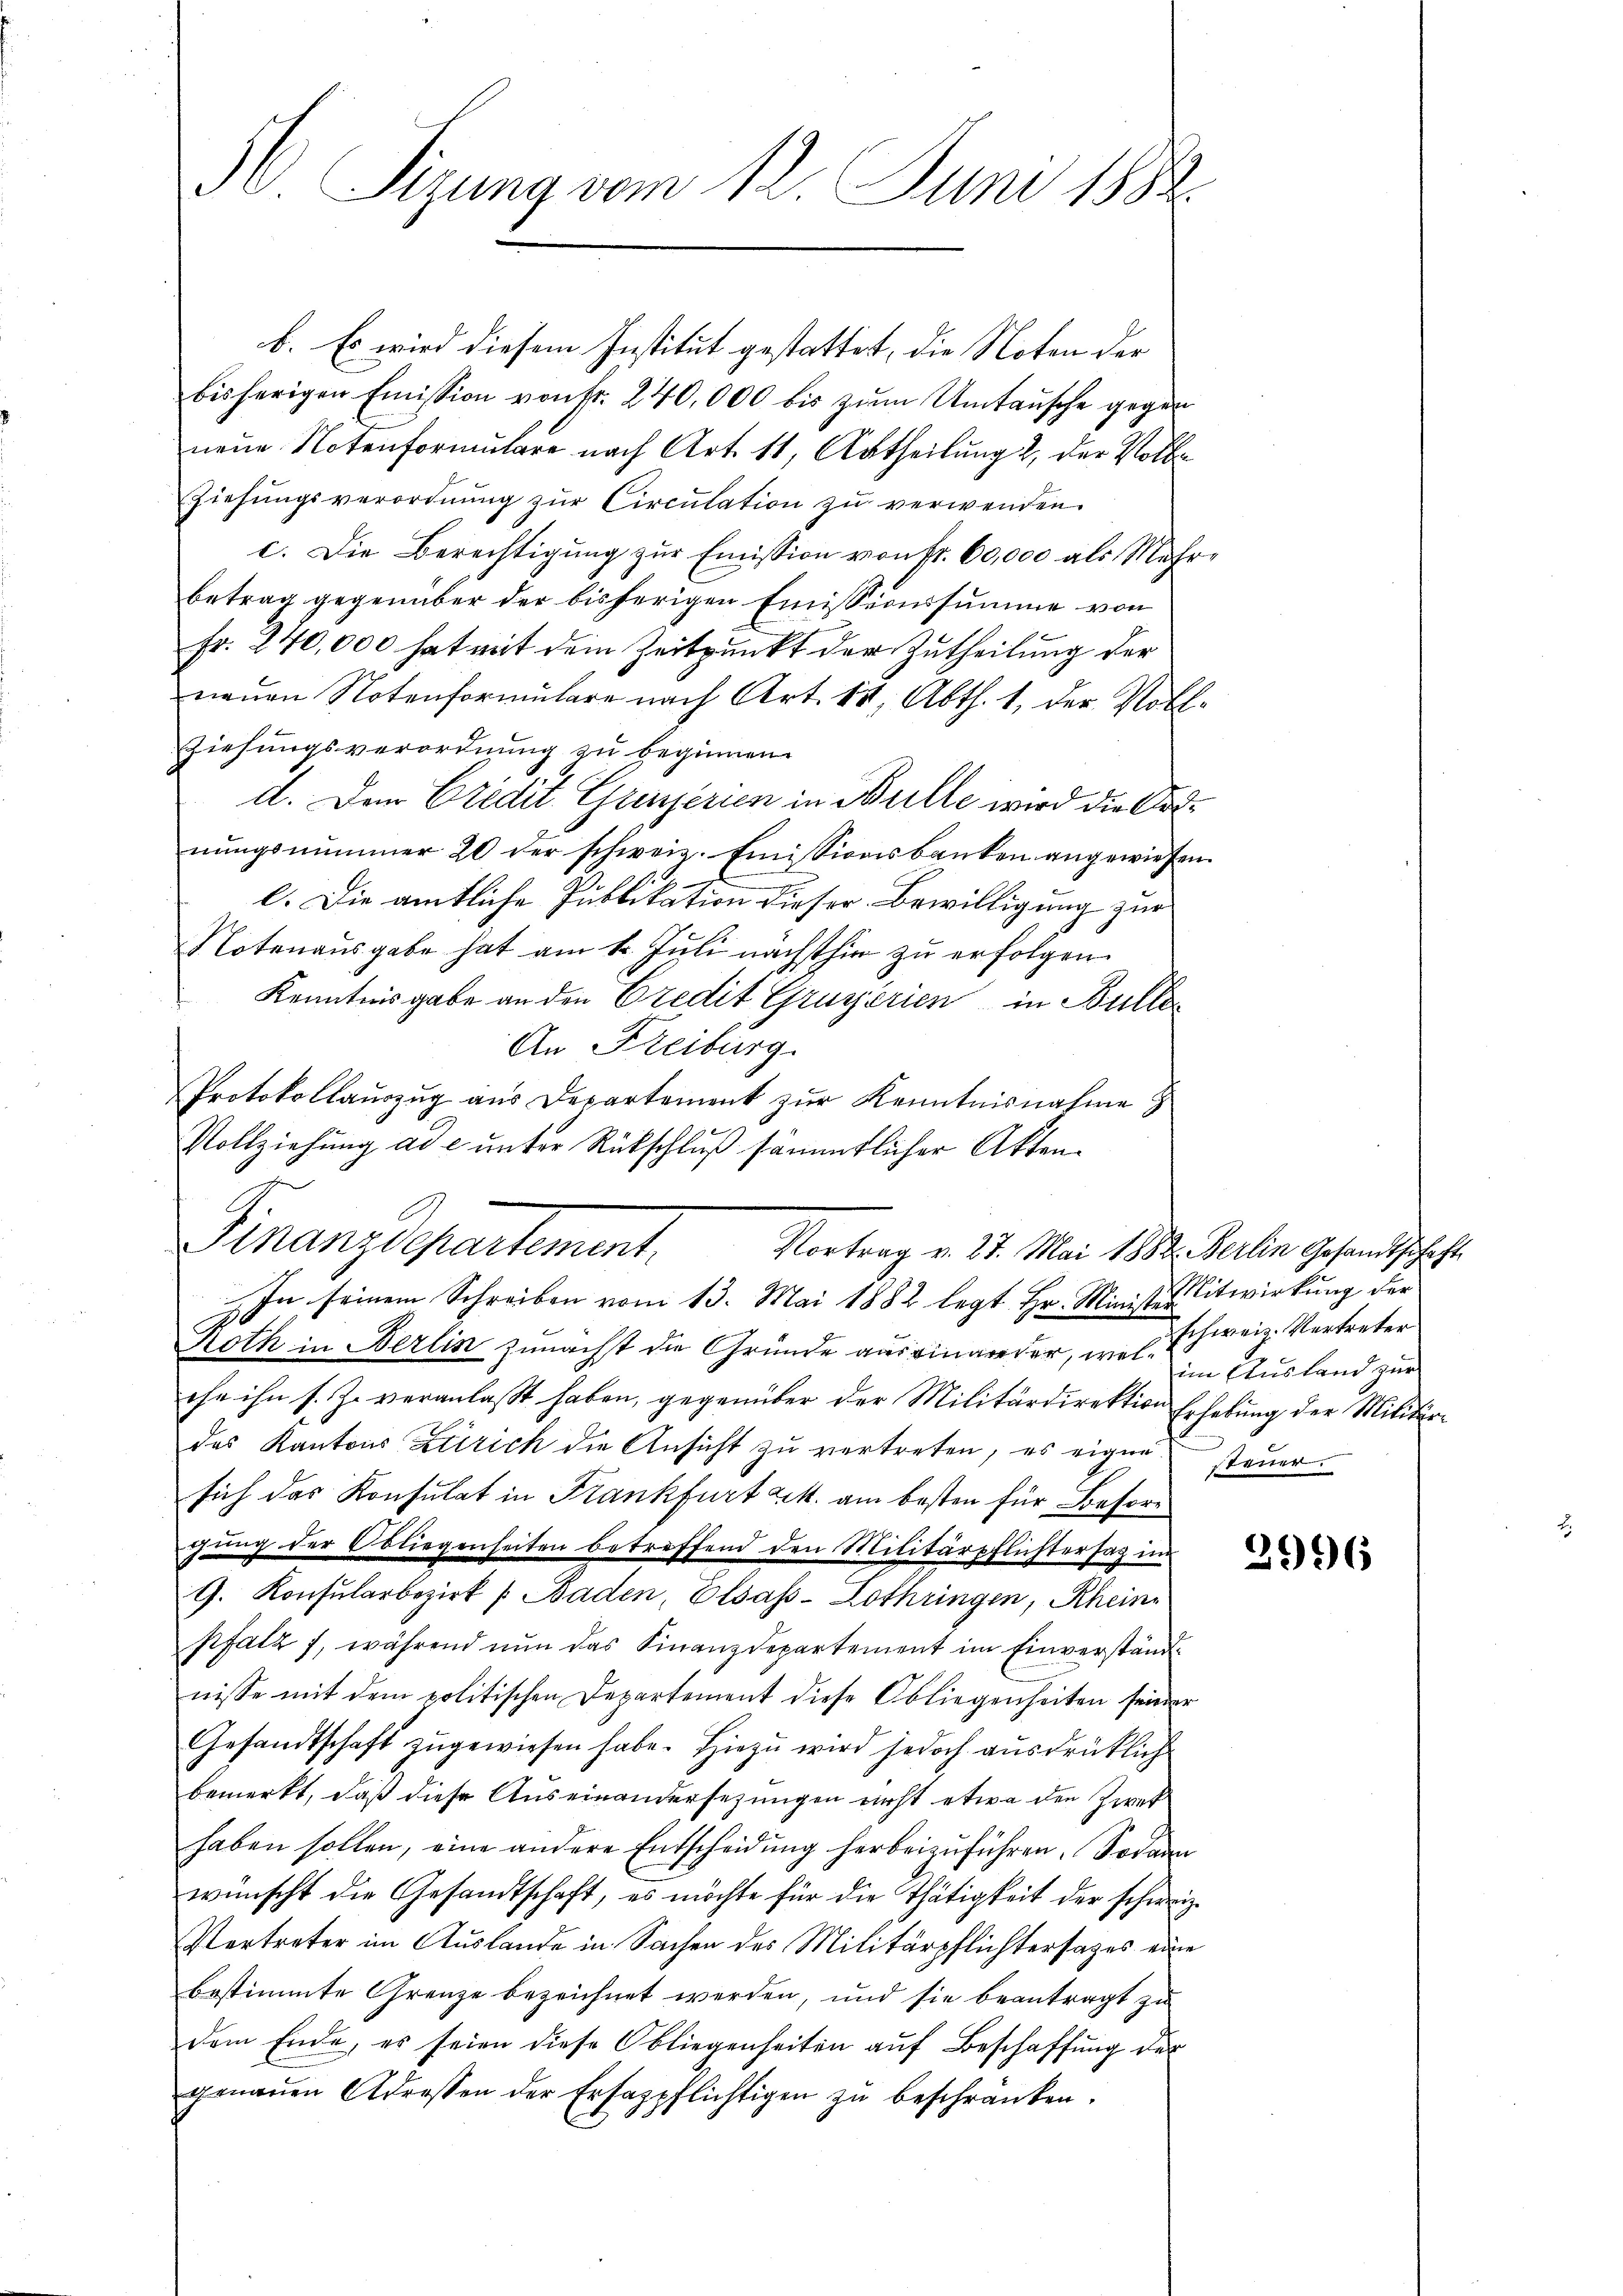
H. Sizung vom 12. Juni 1882.

b. Es wird diesem Institut gestattet, die Noten der
bisherigen Emission von fr. 240,000 bis zŭm Umtausche gegen
neue Notenformulare nach Art. 11, Abtheilung 2, der Voll¬
Ziehŭngsverordnŭng zŭr Circŭlation zŭ verwenden.
c. Die Berechtigŭng zŭr Emission von fr. 60,000 als Mehr
Betrag gegenüber der bisherigen Emissionssumme von
Fr. 240,000 hat mit dem Zeitpunkt der Zutheilung der
neuen Notenformulare nach Art. 13, Abth. 1, der Note
Ziehungsverordnung zu beginnen.
d. Den Credit Grazerien in Bulle wird die Vornŭngsnŭmmer 20 der schweiz. Emissionsbanken angewiese
l. Die amtliche Publikation dieser Bewilligung zur
Notenausgabe hat am 1. Juli nächsthin zu erfolgen.
Kenntnisgabe an den Credit Gruyerien in Bulle
An Freiburg.
Protokollauszug aus Departement zur Kenntnisnahme
Vollziehung ad c unter Rückschluß sämmtlicher Akten¬
Roth in Berlin zunächst die Gründe auseinander, wie l. schweiz. Vertreter
ihe ihn s. Z. veranlaßt haben, gegenüber der Militärdirektion Erhebung der Militärdas Kantons Zürich die Ansicht zu vertreten, es eignesich das Konsulat in Frankfurt Lit. am besten für Besorchung der Obliegenheiten betreffend den Militärpflichtersag im
G. Konsularbezirk / Baden, Elsass-Lothringen, Rheine
Pfatz 7, während nun das Finanzdepartement im Einverständ
nisse mit dem politischen Departement diese Obliegenheiten seinen
Gesandtschaft zugewiesen habe. Hiezu wird jedoch ausdrückliche
bemerkt, daß diese Auseinandersezungen nicht etwa den Zwec
haben sollen, eine andere Entscheidung herbeizuführen. Sodann
wünscht die Gesandtschaft, es möchte für die Thätigkeit der schwei¬
Pertreter im Auslande in Sachen des Militärpflichtersages eine
bestimmte Grenze bezeichnet werden, und sie beantragt zu
dem Ende, es seien diese Obliegenheiten aŭf Beschaffŭng der
genauen Adressen der Ersappflichtigen zŭ beschränken.

2
Finanzdepartement.
Vortrag v. 27. Mai 1882. Berlin Gesandtschaft
In seinem Schreiben vom 13. Mai 1882 legt Hr. Minister Litwirkung der

im Ausland zur
e
steuer.

2
d

7
s

2996